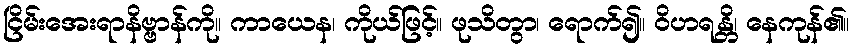
ငြိမ်းအေးရာနိဗ္ဗာန်ကို။ ကာယေန၊ ကိုယ်ဖြင့်။ ဖုသိတွာ၊ ရောက်၍။ ဝိဟရန္တိ၊ နေကုန်၏။